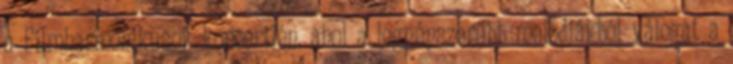
a Filmharmonikusok koncertjén, ahol a legnépszerűbb melódiákból válogat a